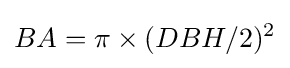
BA=\pi \times (DBH/2)^{2}